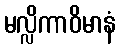
မလ္လိကာဝိမာနံ